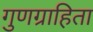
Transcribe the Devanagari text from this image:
गुणग्राहिता